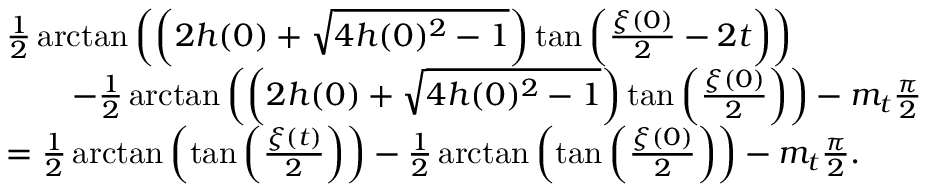
\begin{array} { r l } & { \frac { 1 } { 2 } \arctan \left( \left( 2 h ( 0 ) + \sqrt { 4 h ( 0 ) ^ { 2 } - 1 } \right) \tan \left( \frac { \xi ( 0 ) } { 2 } - 2 t \right) \right) } \\ & { \qquad - \frac { 1 } { 2 } \arctan \left( \left( 2 h ( 0 ) + \sqrt { 4 h ( 0 ) ^ { 2 } - 1 } \right) \tan \left( \frac { \xi ( 0 ) } { 2 } \right) \right) - m _ { t } \frac { \pi } { 2 } } \\ & { = \frac { 1 } { 2 } \arctan \left( \tan \left( \frac { \xi ( t ) } { 2 } \right) \right) - \frac { 1 } { 2 } \arctan \left( \tan \left( \frac { \xi ( 0 ) } { 2 } \right) \right) - m _ { t } \frac { \pi } { 2 } . } \end{array}